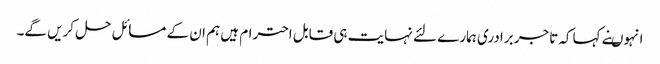
انہوںنے کہاکہ تاجر برادری ہمارے لئے نہایت ہی قابل احترام ہیں ہم ان کے مسائل حل کریں گے۔